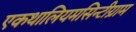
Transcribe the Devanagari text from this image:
एकथालियमसिन्टीग्राम